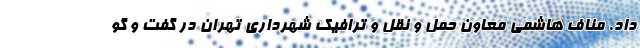
داد. مناف هاشمی معاون حمل و نقل و ترافیک شهرداری تهران در گفت و گو